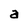
Character: a